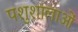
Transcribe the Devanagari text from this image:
पशुशालाओं